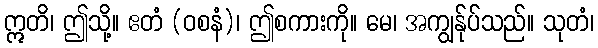
ဣတိ၊ ဤသို့။ ဧတံ (ဝစနံ)၊ ဤစကားကို။ မေ၊ အကျွန်ုပ်သည်။ သုတံ၊